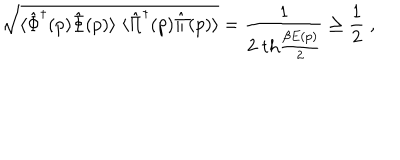
\sqrt { \langle \hat { \Phi } ^ { \dagger } ( p ) \hat { \Phi } ( p ) \rangle \; \langle \hat { \Pi } ^ { \dagger } ( p ) \hat { \Pi } ( p ) \rangle } = { \frac { 1 } { 2 \; \mathrm { t h } { \frac { \beta E ( p ) } { 2 } } } } \ge { \frac { 1 } { 2 } } \; ,